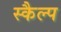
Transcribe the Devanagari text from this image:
स्कैल्प